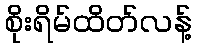
စိုးရိမ်ထိတ်လန့်